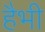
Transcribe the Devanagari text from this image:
हैभी